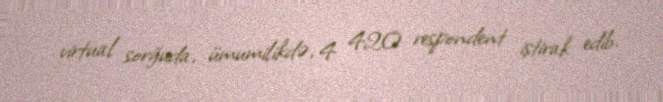
virtual sorğuda, ümumilikdə, 4 420 respondent iştirak edib.